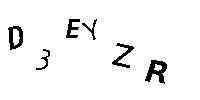
D3EYZR